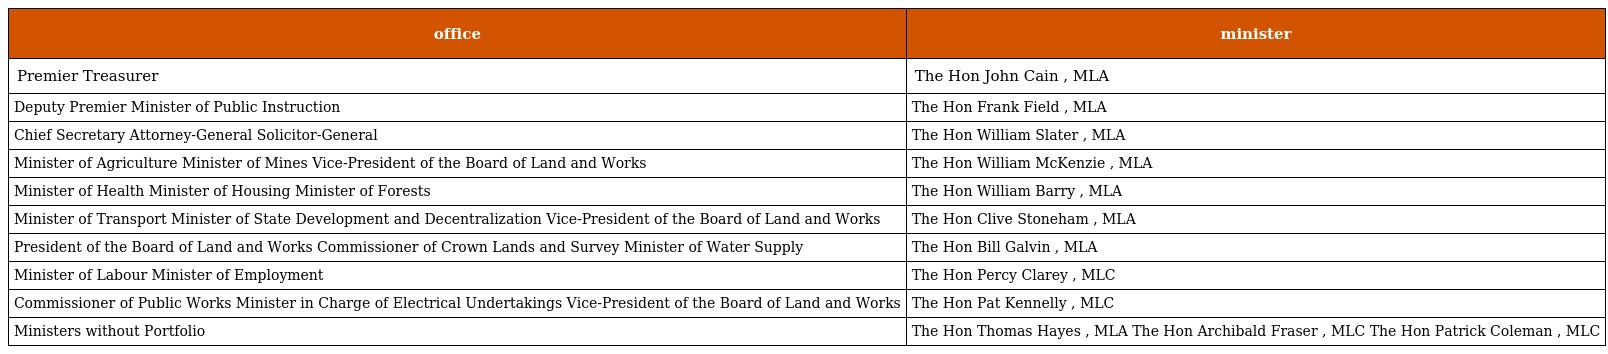
| office | minister |
 | --- | --- |
 | Premier Treasurer | The Hon John Cain , MLA |
 | Deputy Premier Minister of Public Instruction | The Hon Frank Field , MLA |
 | Chief Secretary Attorney-General Solicitor-General | The Hon William Slater , MLA |
 | Minister of Agriculture Minister of Mines Vice-President of the Board of Land and Works | The Hon William McKenzie , MLA |
 | Minister of Health Minister of Housing Minister of Forests | The Hon William Barry , MLA |
 | Minister of Transport Minister of State Development and Decentralization Vice-President of the Board of Land and Works | The Hon Clive Stoneham , MLA |
 | President of the Board of Land and Works Commissioner of Crown Lands and Survey Minister of Water Supply | The Hon Bill Galvin , MLA |
 | Minister of Labour Minister of Employment | The Hon Percy Clarey , MLC |
 | Commissioner of Public Works Minister in Charge of Electrical Undertakings Vice-President of the Board of Land and Works | The Hon Pat Kennelly , MLC |
 | Ministers without Portfolio | The Hon Thomas Hayes , MLA The Hon Archibald Fraser , MLC The Hon Patrick Coleman , MLC |